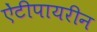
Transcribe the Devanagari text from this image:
ऐंटीपायरीन